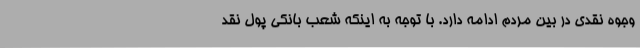
وجوه نقدی در بین مردم ادامه دارد. با توجه به اینکه شعب بانکی پول نقد